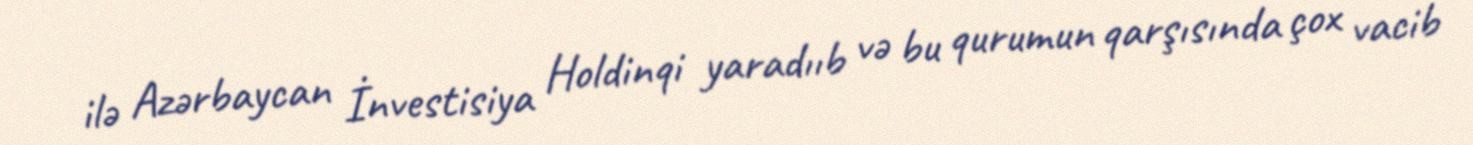
ilə Azərbaycan İnvestisiya Holdinqi yaradııb və bu qurumun qarşısında çox vacib